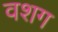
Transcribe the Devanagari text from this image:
वशग